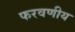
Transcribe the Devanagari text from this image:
फरवणीय